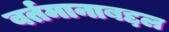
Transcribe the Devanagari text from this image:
वर्तमानाबद्दल